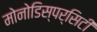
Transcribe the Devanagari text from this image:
मोनोडिस्पर्सिटी